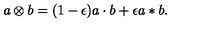
a \otimes b = ( 1 - \epsilon ) a \cdot b + \epsilon a * b .